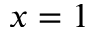
x = 1